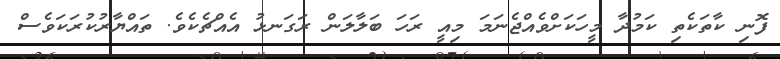
ފޮނި ކާތަކެތި ކަމުދާ މީހަކަށްވެއްޖެނަމަ މިއީ ރަހަ ބަލާލަން ރަގަނޅު އެއްޗެކެވެ. ތައްޔާރުކުރަކަވެސް